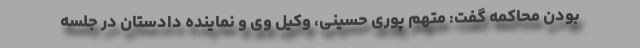
بودن محاکمه گفت: متهم پوری حسینی، وکیل وی و نماینده دادستان در جلسه